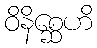
ဝိနိစ္ဆေဟိ